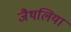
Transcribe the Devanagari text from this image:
जैथलिया